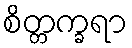
စိတ္တက္ခရာ